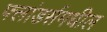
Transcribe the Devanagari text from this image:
फ्लांडर्समधील